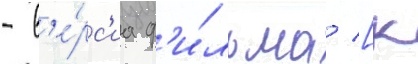
- в'е́рс'иа ф'и́льма [к